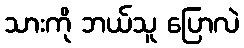
သားကို ဘယ်သူ ပြောလဲ